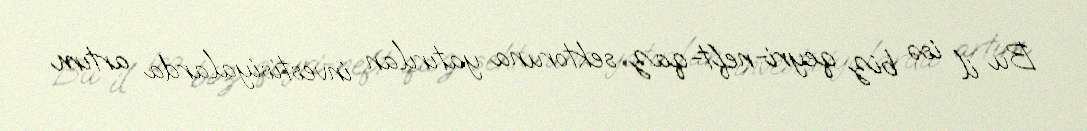
Bu il isə biz qeyri-neft-qaz sektoruna yatırılan investisiyalarda artım